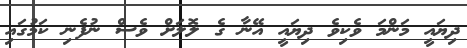
ދިޔައީ މަންމަ ވެކިވެ ދިޔައީ އޭނާ ގެ ލޮލަށް ވެސް ނުފެނި ކަމުގައި